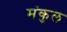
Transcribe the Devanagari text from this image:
मंकुल